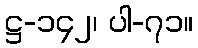
ဋ္ဌ-၁၄၂၊ ပါ-၇၁။